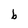
Character: b